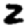
Digit: 2